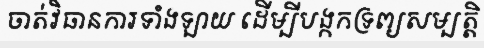
ចាត់វិធានការទាំងឡាយ ដើម្បីបង្កកទ្រព្យសម្បត្តិ